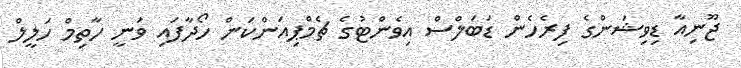
ޖޫނިއާ ޑިވިޝަންގެ ފިރެހެން ޑަބަލްސް އިވެންޓުގެ ޗެމްޕިއަންކަން ހޯދާފައި ވަނީ ހާތިމް ހަލީލް